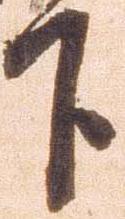
下